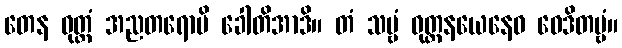
တေန ဝုတ္တံ အညတရောပိ ခေါတိအာဒိ။ တံ သဗ္ဗံ ဝုတ္တနယေနေဝ ဝေဒိတဗ္ဗံ။